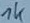
Text: 1K